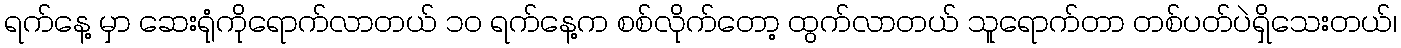
ရက်နေ့ မှာ ဆေးရုံကိုရောက်လာတယ် ၁၀ ရက်နေ့က စစ်လိုက်တော့ ထွက်လာတယ် သူရောက်တာ တစ်ပတ်ပဲရှိသေးတယ်၊